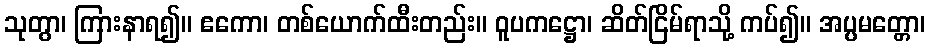
သုတွာ၊ ကြားနာရ၍။ ဧကော၊ တစ်ယောက်ထီးတည်း။ ဝူပကဋ္ဌော၊ ဆိတ်ငြိမ်ရာသို့ ကပ်၍။ အပ္ပမတ္တော၊